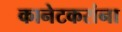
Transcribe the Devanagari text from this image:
कानेटकरांना